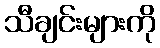
သီချင်းများကို